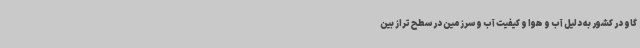
گاو در کشور به دلیل آب و هوا و کیفیت آب و سرزمین در سطح تراز بین